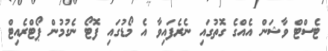
ޓެސްޓް ވާޝަން އެއްގެ ގޮތުގައި ނެރެފައިވާ އެ މޯޑުގައި ފޮޓޯ ނެގުމުން ޕޯޓްރެއިޓް